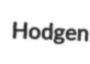
Hodgen